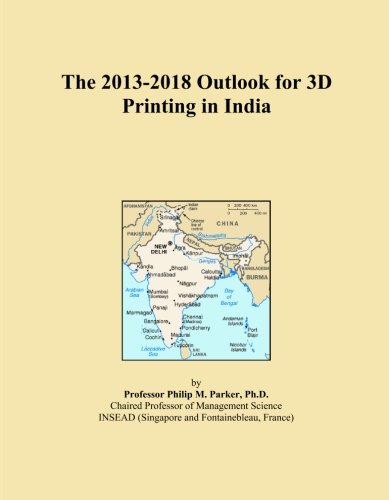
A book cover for The 2013-2018 Outlook for 3D Printing in India; Icon Group International; Computers & Technology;